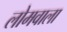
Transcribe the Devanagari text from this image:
लोमवाला